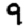
Digit: 9